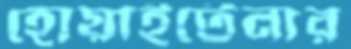
হোয়াইটেনার